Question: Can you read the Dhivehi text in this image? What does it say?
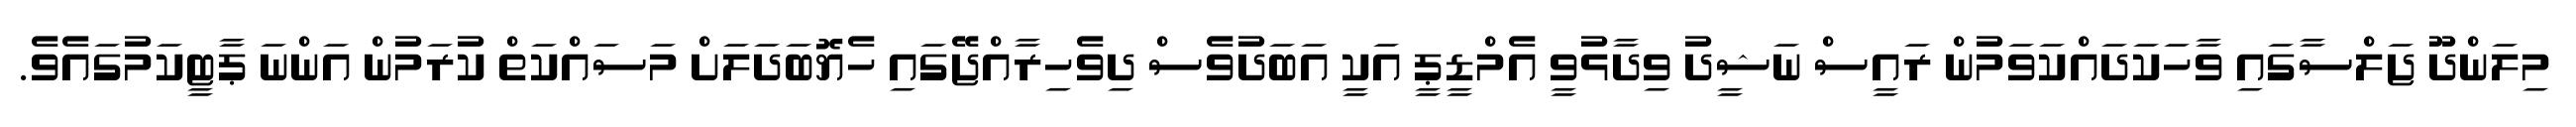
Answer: މިލަންދޫ ޖަލްސާގައި ވާހަކަދައްކަވަމުން ރައީސް ނަޝީދު ވިދާޅުވީ އެމްޑީޕީ އަކީ އަބަދުވެސް ދިވެހިރާއްޖޭގައި ހެޔޮބަދަލަށް މަސައްކަތް ކުރަމުން އަންނަ ޕާޓީކަމުގައެވެ.